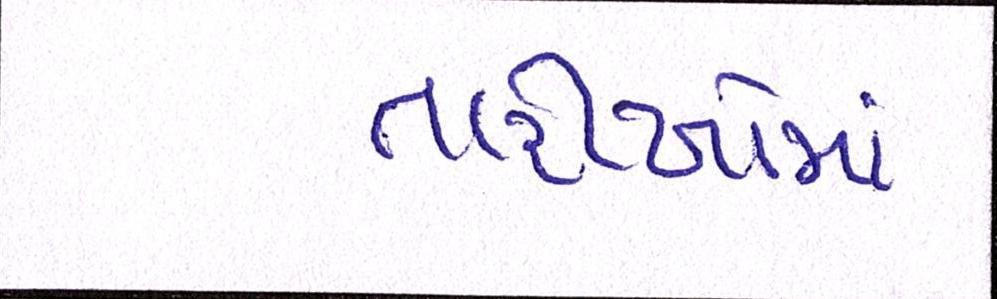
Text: તારીખોમાં